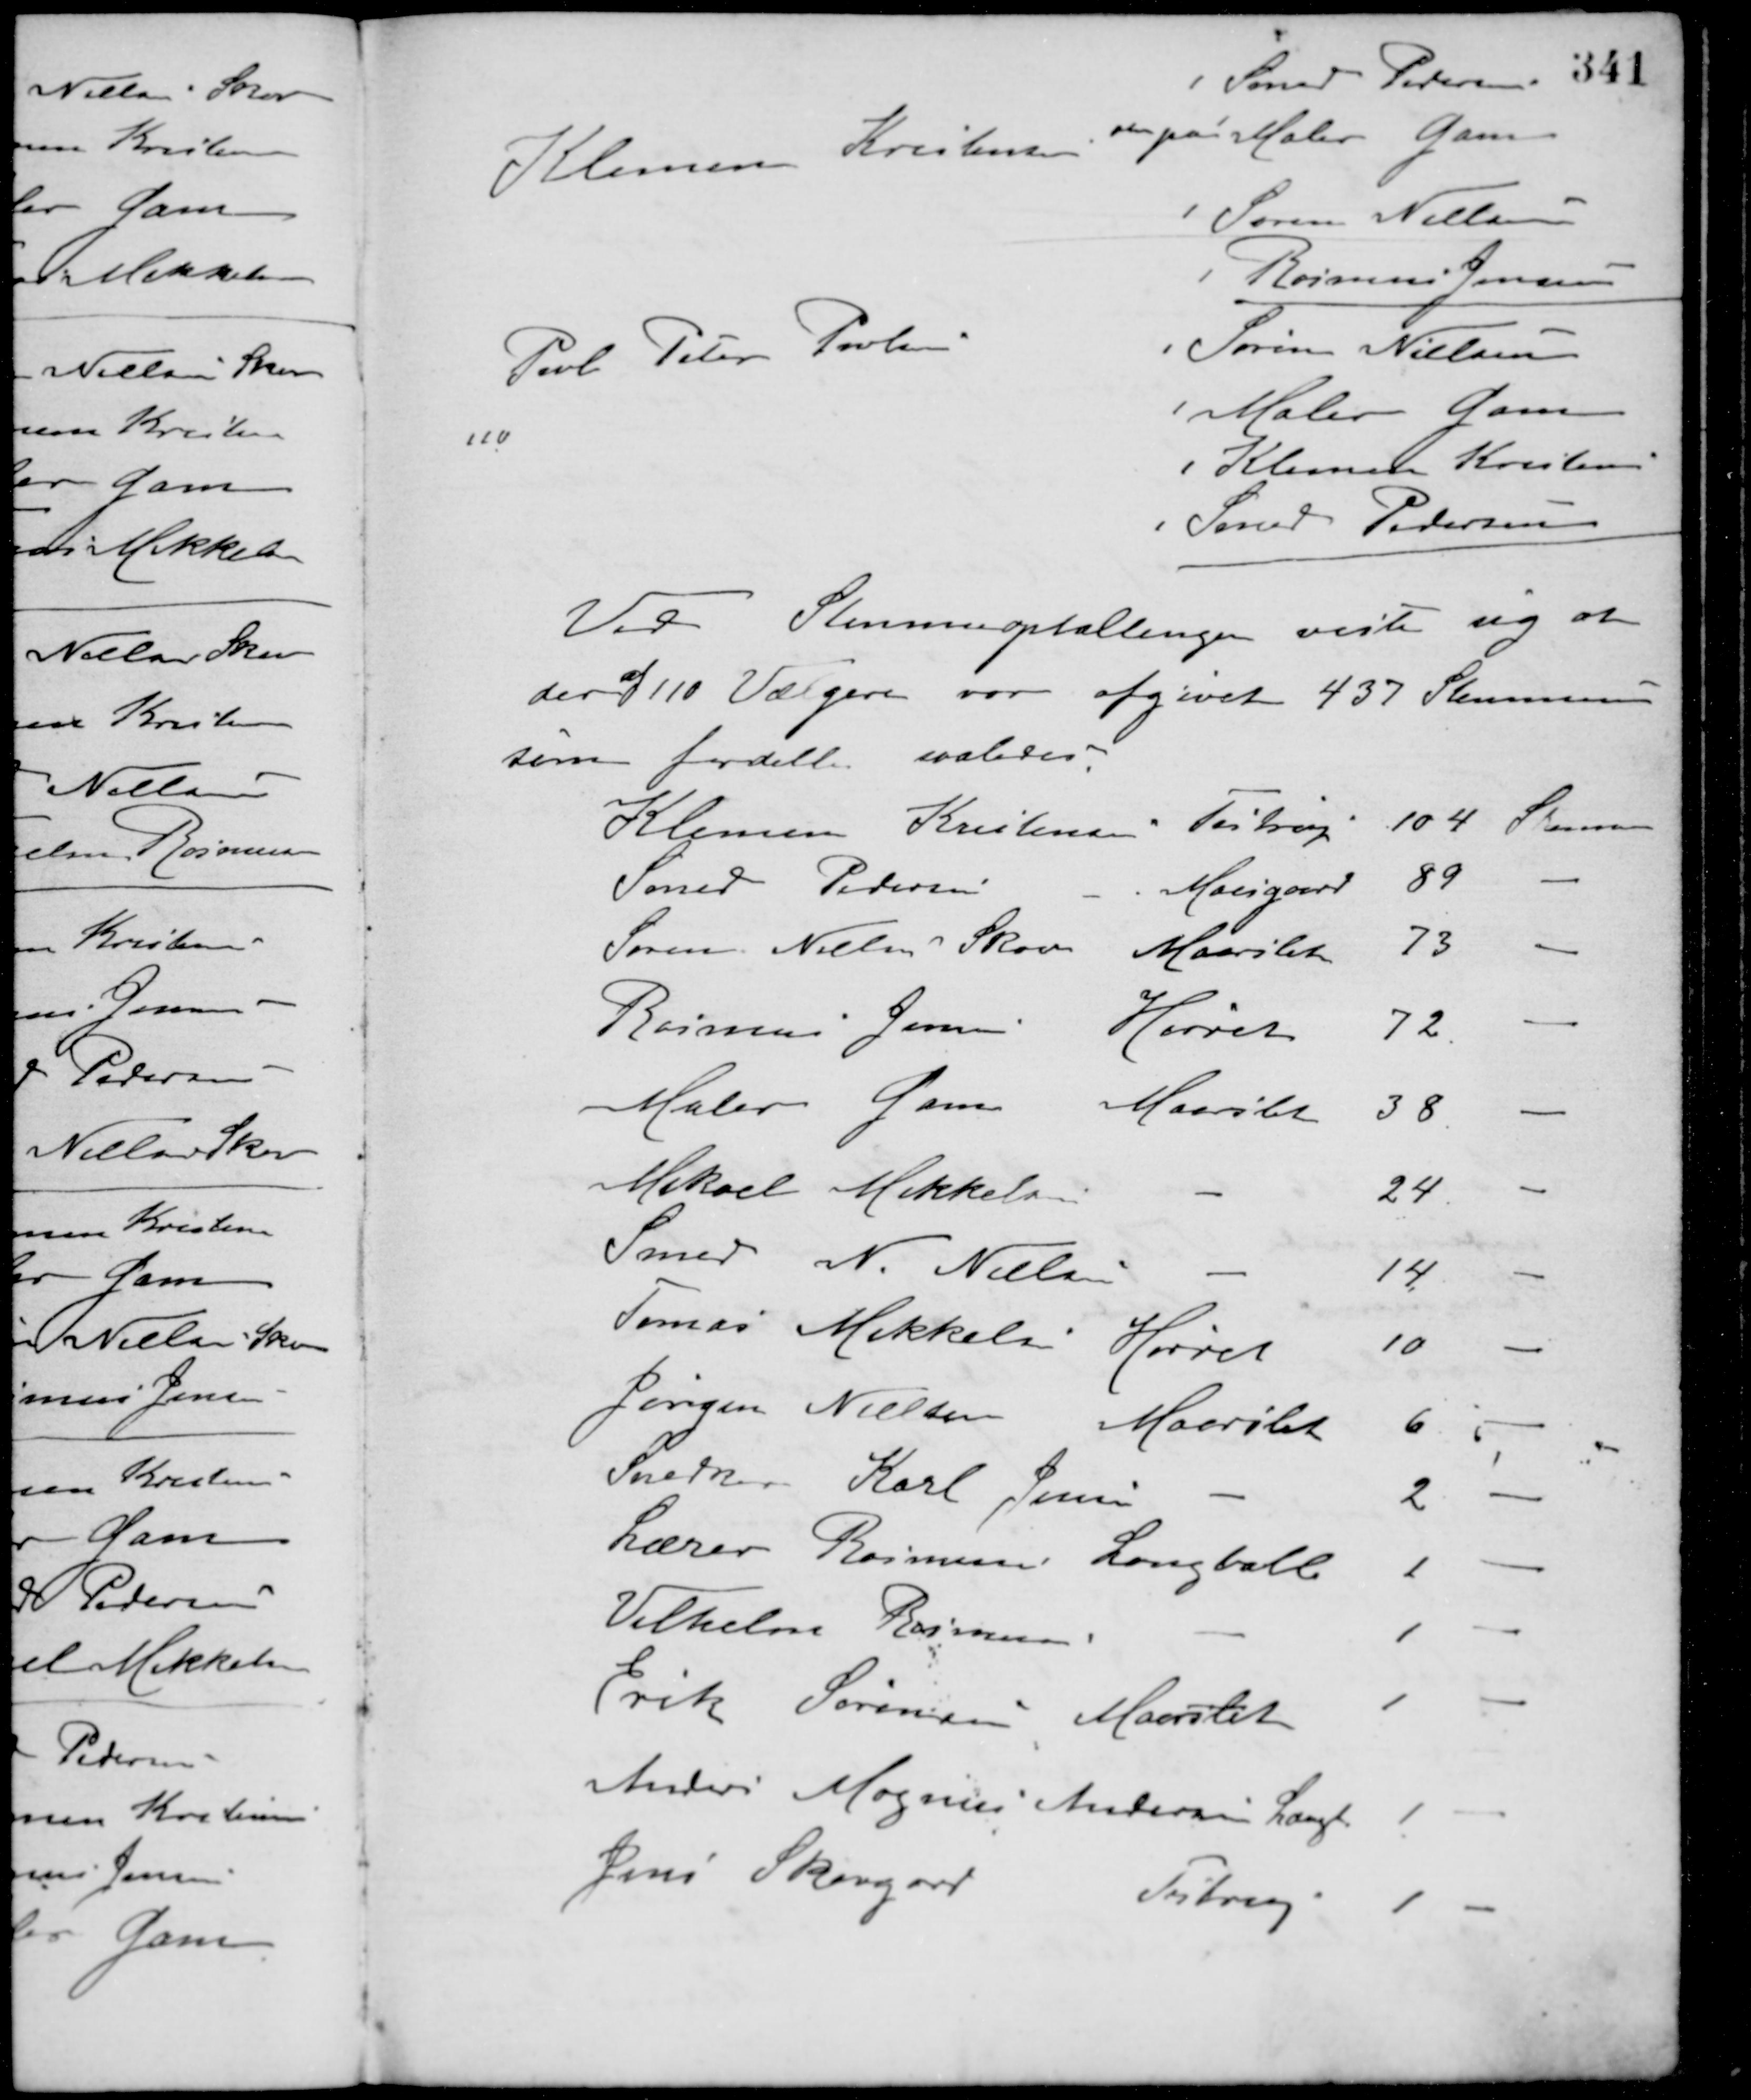
Transskription:
Klemen Kristensen stemte paa
Smed Pedersen
Maler Gam
Søren Nielsen
Rasmus Jensen
Povl Peter Poulsen -
Søren Nielsen
Maler Gam
Klemen Kristensen
Smed Pedersen
110
Ved Stemmeoptællingen viste sig at
der
af
110 Vælgere var afgivet 437 Stemmer
som fordelte saaledes.
Klemen Kristensen Testrup 104 Stemmer
Smed Pedersen Moesgard 89 -
Søren Nielsen Skov Maarslet 73 -
Rasmus Jensen Hørret 72 -
Maler Gam Maarslet 38 -
Mikael Mikkelsen - 24 -
Smed N. Nielsen - 14 -
Tomas Mikkelsen Hørret 10 -
Jørgen Nielsen Maarslet 6 -
Snedker Karl Jensen - 2 -
Lærer Rasmussen Langballe 1 -
Vilhelm Rasmussen - 1 -
Erik Sørensen Marslet 1 -
Anders Magnus Andersen Langballe 1 -
Jens Skovgård Testrup 1 -